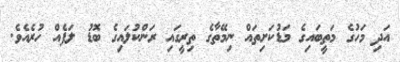
އަދި މަހުގެ މަތީބައިގެ މަޑުކަށިތައް ނިމޭތާގެ ތިރީގައި ރަންކުލައިގެ ބޮޑު ލަފެއް ހުރެއެވެ.